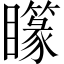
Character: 𥌫